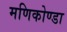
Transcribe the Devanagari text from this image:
मणिकोण्डा